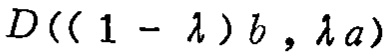
\(D((1 - \lambda)b , \lambda a)\)